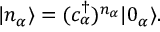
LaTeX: | n _ { \alpha } \rangle = ( c _ { \alpha } ^ { \dagger } ) ^ { n _ { \alpha } } | 0 _ { \alpha } \rangle .